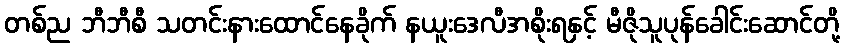
တစ်ည ဘီဘီစီ သတင်းနားထောင်နေခိုက် နယူးဒေလီအစိုးရနှင့် မီဇိုသူပုန်ခေါင်းဆောင်တို့